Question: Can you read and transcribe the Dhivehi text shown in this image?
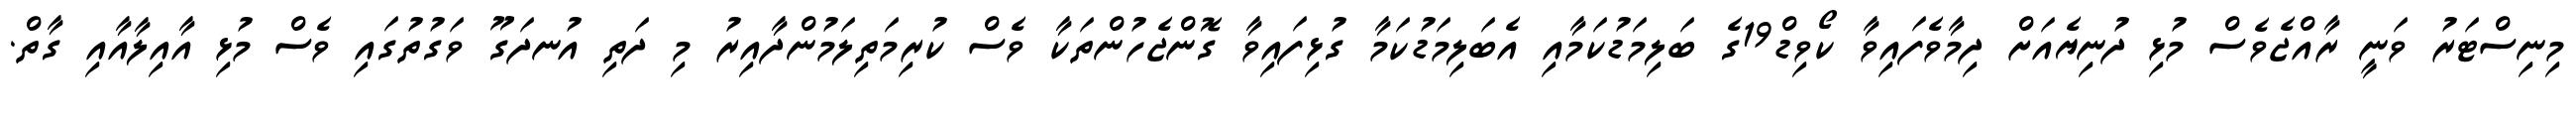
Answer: މިނިސްޓަރު ވަނީ ރާއްޖެވެސް މުޅި ދުނިޔެއަށް ދިމާވެފައިވާ ކޯވިޑް19ގެ ބަލިމަޑުކަމާއި އެބަލިމަޑުކަމާ ގުޅިފައިވާ ގޮންޖެހުންތަކާ ވެސް ކުރިމަތިލަމުންދާއިރު މި ދަތި އުނދަގޫ ވަގުތުގައި ވެސް މުޅި އާއިލާއާއި ގާތް.